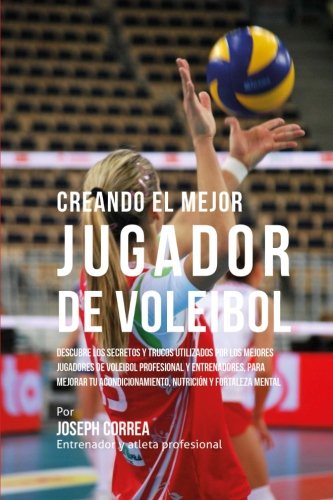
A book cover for Creando el Mejor Jugador de Voleibol: Descubre los secretos y trucos utilizados por los mejores jugadores de voleibol profesional y entrenadores, para ... y fortaleza Mental (Spanish Edition); Joseph Correa (Entrenador y Atleta Profesional); Sports & Outdoors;